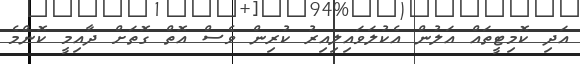
އަދި ކޮމިޓީތައް އަލުން އެކުލަވައިލިއިރު ކުރިން ވެސް އޮތް ގޮތަށް ދާއިމީ ކޮންމެ